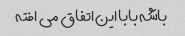
باشه بابا این اتفاق می افته